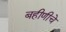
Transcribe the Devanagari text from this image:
बहीणीचे